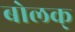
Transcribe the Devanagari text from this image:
बोलक्